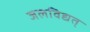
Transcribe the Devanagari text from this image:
जलविद्यत्